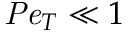
\mathit { P e } _ { T } \ll 1